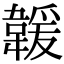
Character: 𩏅